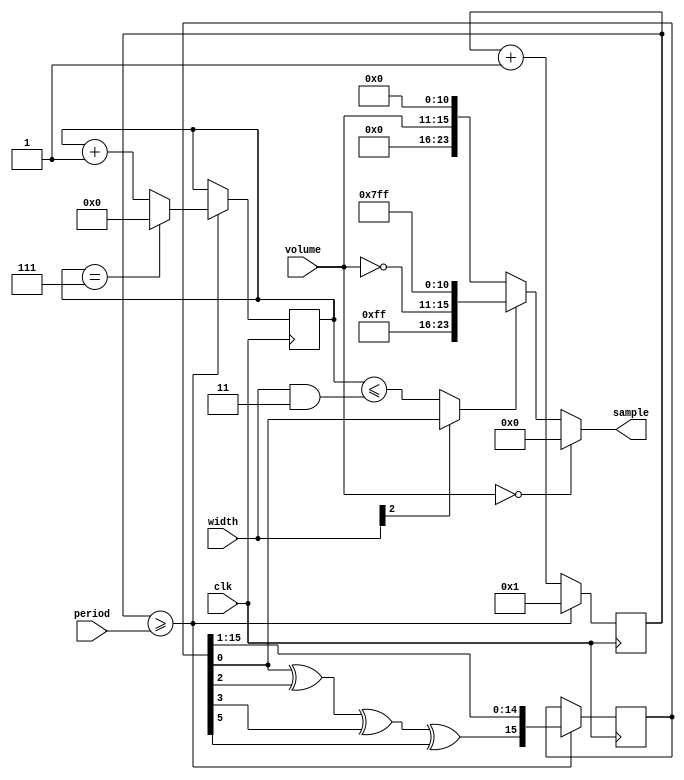
module sound_channel(clk, period, volume, width, sample);
	input clk;
	input [15:0] period;
	input [4:0] volume;
	input [2:0] width;
	output [23:0] sample;

	// internal sound generation regs
	reg [23:0] counter;
	reg [3:0] pulse_ctr;
	reg [15:0] lfsr;
	reg flag;
	reg [23:0] sample;

	initial begin
		counter <= 1;
		pulse_ctr <= 0;
		lfsr <= 16'hFFFF;
		flag <= 0;
	end

	always @(posedge clk) begin
		if (counter >= period) begin
			counter <= 1;
			pulse_ctr <= (pulse_ctr == 7 ? 0 : pulse_ctr + 1);
			lfsr <= {lfsr[0] ^ lfsr[2] ^ lfsr[3] ^ lfsr[5], lfsr[15:1]};
		end else begin
			counter <= counter + 1;
		end
	end

	always @(*) begin
		flag <= (width[2] ? lfsr[0] : (pulse_ctr <= (width & 3'h3)));
		if (volume == 0) begin
			sample <= 0;
		end else begin
			sample <= (flag ? {8'hFF, ~volume, 11'h7FF} : {8'h00, volume, 11'h000});
		end
	end
endmodule